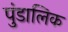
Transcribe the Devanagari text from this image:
पुंडालिक